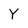
Character: Y